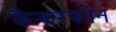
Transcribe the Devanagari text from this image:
कैनारफोन